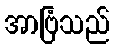
အာဗြံသည်